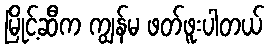
မြိုင့်ဆီက ကျွန်မ ဖတ်ဖူးပါတယ်